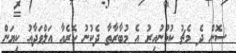
ސޮން ދެ މެޗު ކުޅުނުއިރު އެ މުބާރާތާ ދެކުނު ކޮރެއާ އަލްވަދާއު ކިޔަން